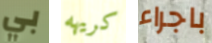
بي كريهه باجراء